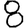
Digit: 8